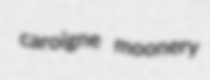
caroigne moonery